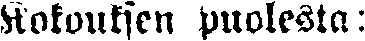
Kokouksen puolesta: